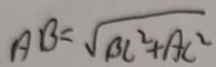
A B = \sqrt { B C ^ { 2 } + A C ^ { 2 } }